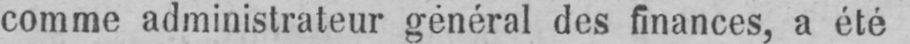
comme administrateur général des finances, a été